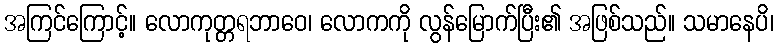
အကြင်ကြောင့်။ လောကုတ္တရဘာဝေ၊ လောကကို လွန်မြောက်ပြီး၏ အဖြစ်သည်။ သမာနေပိ၊